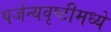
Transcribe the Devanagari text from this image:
पर्जन्यवृष्टीमध्ये